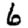
Digit: 6